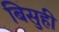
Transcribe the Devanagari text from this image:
बिसुही